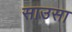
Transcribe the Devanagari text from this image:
साउसा